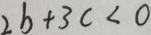
2 b + 3 c < 0